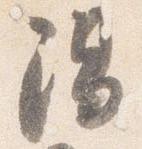
陽